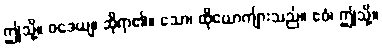
ဤသို့။ ဝဒေယျ၊ ဆိုရာ၏။ သော၊ ထိုယောကျ်ားသည်။ ဧဝံ၊ ဤသို့။